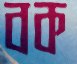
বক